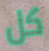
كل